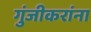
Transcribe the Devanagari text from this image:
गुंजीकरांना